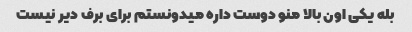
بله یکی اون بالا منو دوست داره میدونستم برای برف دیر نیست